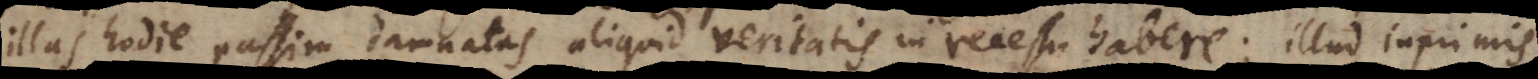
illas hodie passim damnatas aliquid veritatis in recessu habere; illud inprimis